NAE_ERA_R-2324_Eesti_Vabariigi_Pohiseaduslik_Assamblee, lk 303
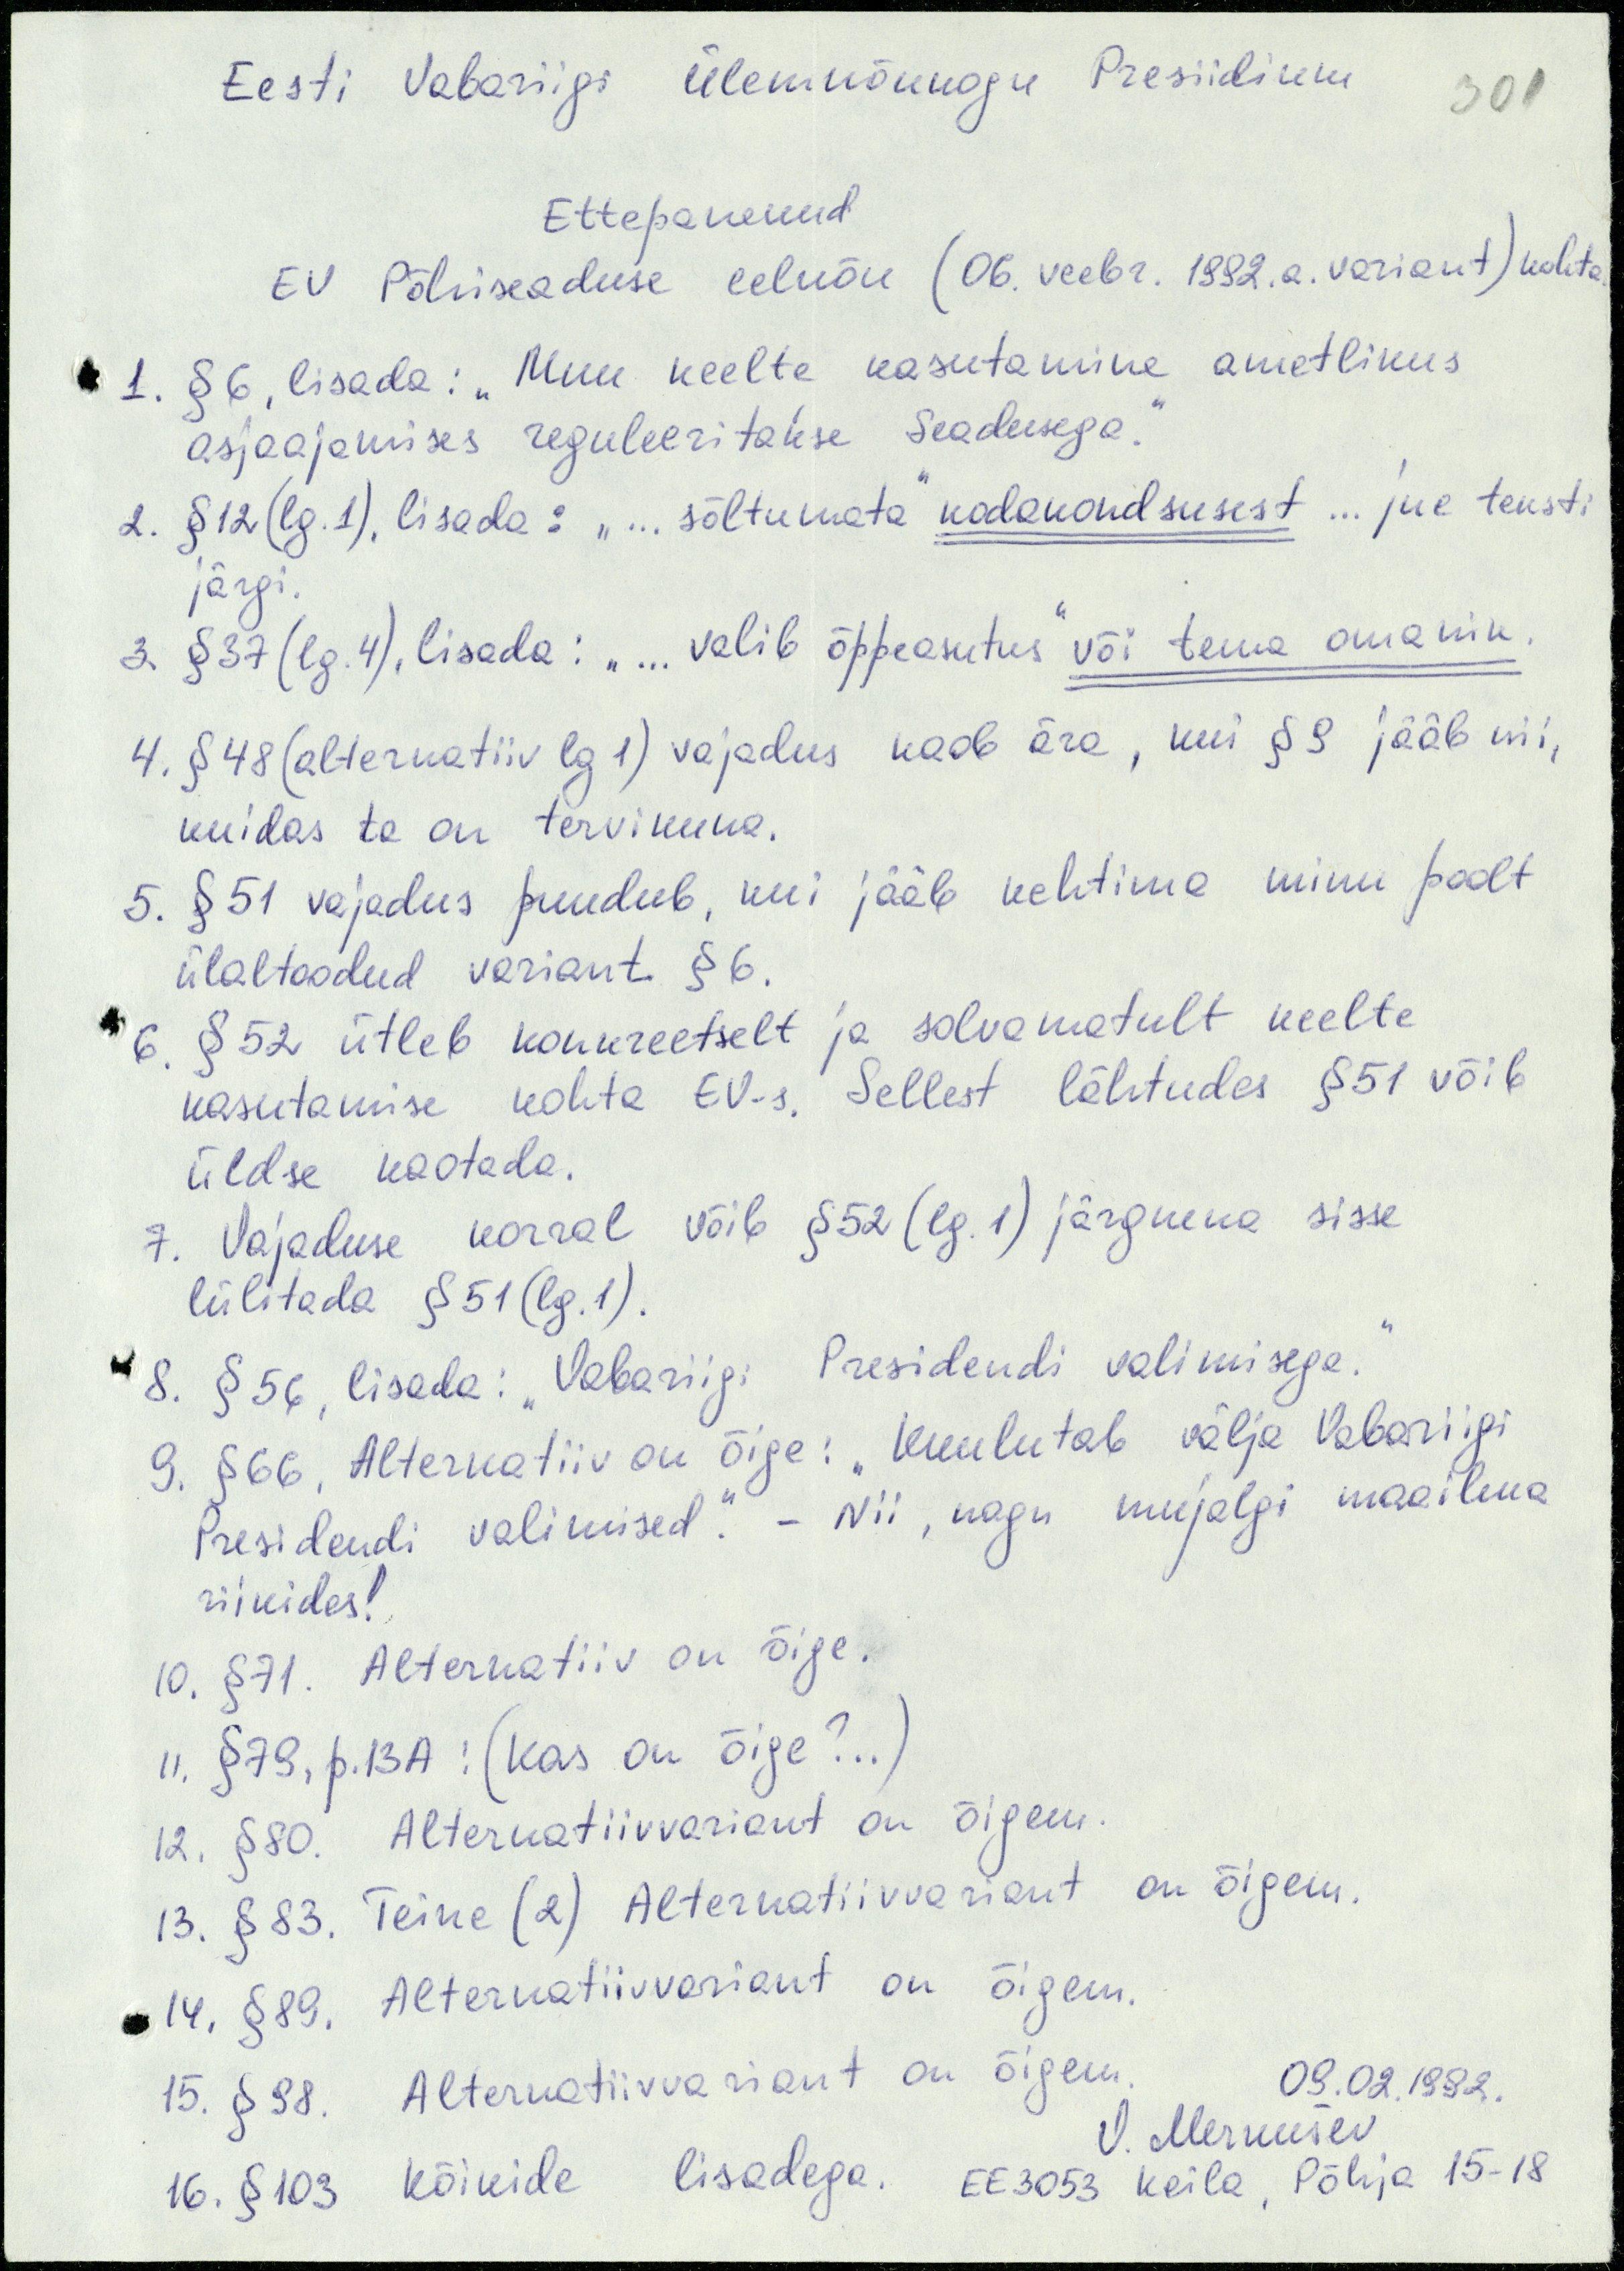
Eesti Vabariigi Ülemnõukogu Presiidium
301
Ettepanekud
EV Põhiseaduse eelnõu (06. veebr. 1992.a. variant) kohta.
1. § 6, lisada: "Muu keelte kasutamine ametlikus
asjaajamises reguleeritakse Seadusega."
2. § 12 (lg.1), lisada: "... sõltumata" kodakondsusest... jne teksti
järgi.
3. § 37 (lg. 4), lisada: "... valib õppeasutus" või tema omanik.
4. § 48 (alternatiiv lg 1) vajadus kaob ära, kui § 9 jääb nii,
kuidas ta on tervikuna.
5. § 51 vajadus puudub, kui jääb kehtima minu poolt
ülaltoodud variant § 6.
6. § 52 ütleb konkreetselt ja solvamatult keelte
kasutamise kohta EV-s. Sellest lähtudes § 51 võib
üldse kaotada.
7. Vajaduse korral võib § 52 (lg.1) järgneva sisse
lülitada § 51 (lg.1).
8. § 56, lisada: "Vabariigi Presidendi valimisega."
9. § 66. Alternatiiv on õige: "Kuulutab välja Vabariigi
Presidendi valimised." - Nii, nagu mujalgi maailma
riikides!
10. § 71. Alternatiiv on õige.
11. § 79, p.13A: (Kas on õige?..)
12. § 80. Alternatiivvariant on õigem.
13. § 83. Teine (2) Alternatiivvariant on õigem.
14. § 89. Alternatiivvariant on õigem.
15. § 98. Alternatiivvariant on õigem.
09.02.1992.
V. Merkušev
16. § 103 kõikide lisadega. EE3053 keila, Põhja 15-18